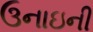
ઉનાઇની